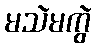
မသဲမကွဲ